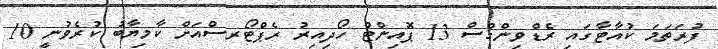
ފުރަތަމަ ކުއާޓާގައި ރެޑްވިންގްސް 13 ޕޮއިންޓް ހޯދިއިރު ރެޕްޓޯރސްއަށް ކާމިޔާބު ކުރެވުނީ 10